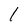
Character: 1